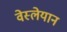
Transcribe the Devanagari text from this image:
वेस्लेयान